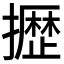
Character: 𫾐